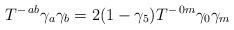
LaTeX: \begin{align*}T^{-\, ab} \gamma_a \gamma_b = 2(1 - \gamma_5) T^{-\, 0m} \gamma_0 \gamma_m\end{align*}